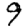
Digit: 9